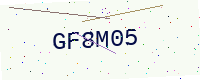
Text: GF8M05